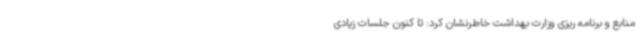
منابع و برنامه ریزی وزارت بهداشت خاطرنشان کرد: تا کنون جلسات زیادی